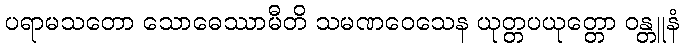
ပရာမသတော သောဓေဿာမီတိ သမဏဝေသေန ယုတ္တပယုတ္တော ဝန္တူနံ